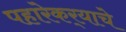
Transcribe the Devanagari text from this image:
पहारेकर्‍याचे